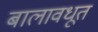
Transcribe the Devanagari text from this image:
बालावधूत